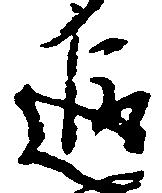
追